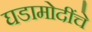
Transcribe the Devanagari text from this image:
घडामोदींचे